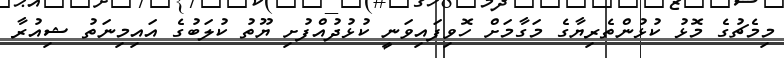
މިމެޗުގެ މޮޅު ކުޅުންތެރިޔާގެ މަގާމަށް ހޮވިފައިވަނީ ކުޅުދުއްފުށި ޔޫތު ކުލަބުގެ އައިމިނަތު ޝިއުރާ